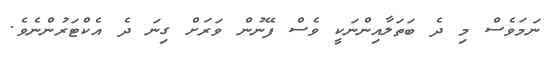
ނަމަވެސް މި ދެ ބަތަލާއިންނަކީ ވެސް ފޭނުން ވަރަށް ގިނަ ދެ އެކްޓަރުންނެވެ.